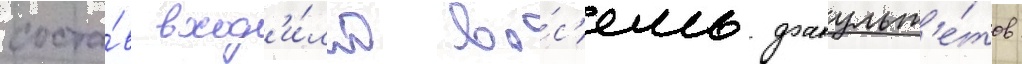
соста́в вход'и́ло во́с'емь факульт'е́тов: